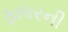
ફાધરની